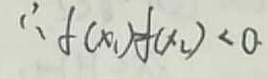
\therefore f ( x _ { 1 } ) f ( x _ { 2 } ) < 0